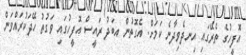
އޮފީހުގެ ތެރޭގައި އިނދެވިދާނެ ކަމަށް. އެގޮތުން އބަދު ރައީސް އޮފީހުގައި ވަގުތު ހޭދަކުރައްވަން